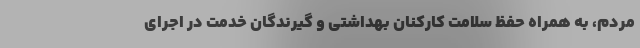
مردم، به همراه حفظ سلامت کارکنان بهداشتی و گیرندگان خدمت در اجرای